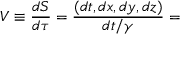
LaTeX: V \equiv { \frac { d S } { d \tau } } = { \frac { ( d t , d x , d y , d z ) } { d t / \gamma } } =